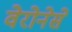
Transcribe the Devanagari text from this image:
वेरोनेसे